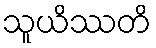
သူယိဿတိ